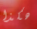
هكذا